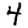
Digit: 4